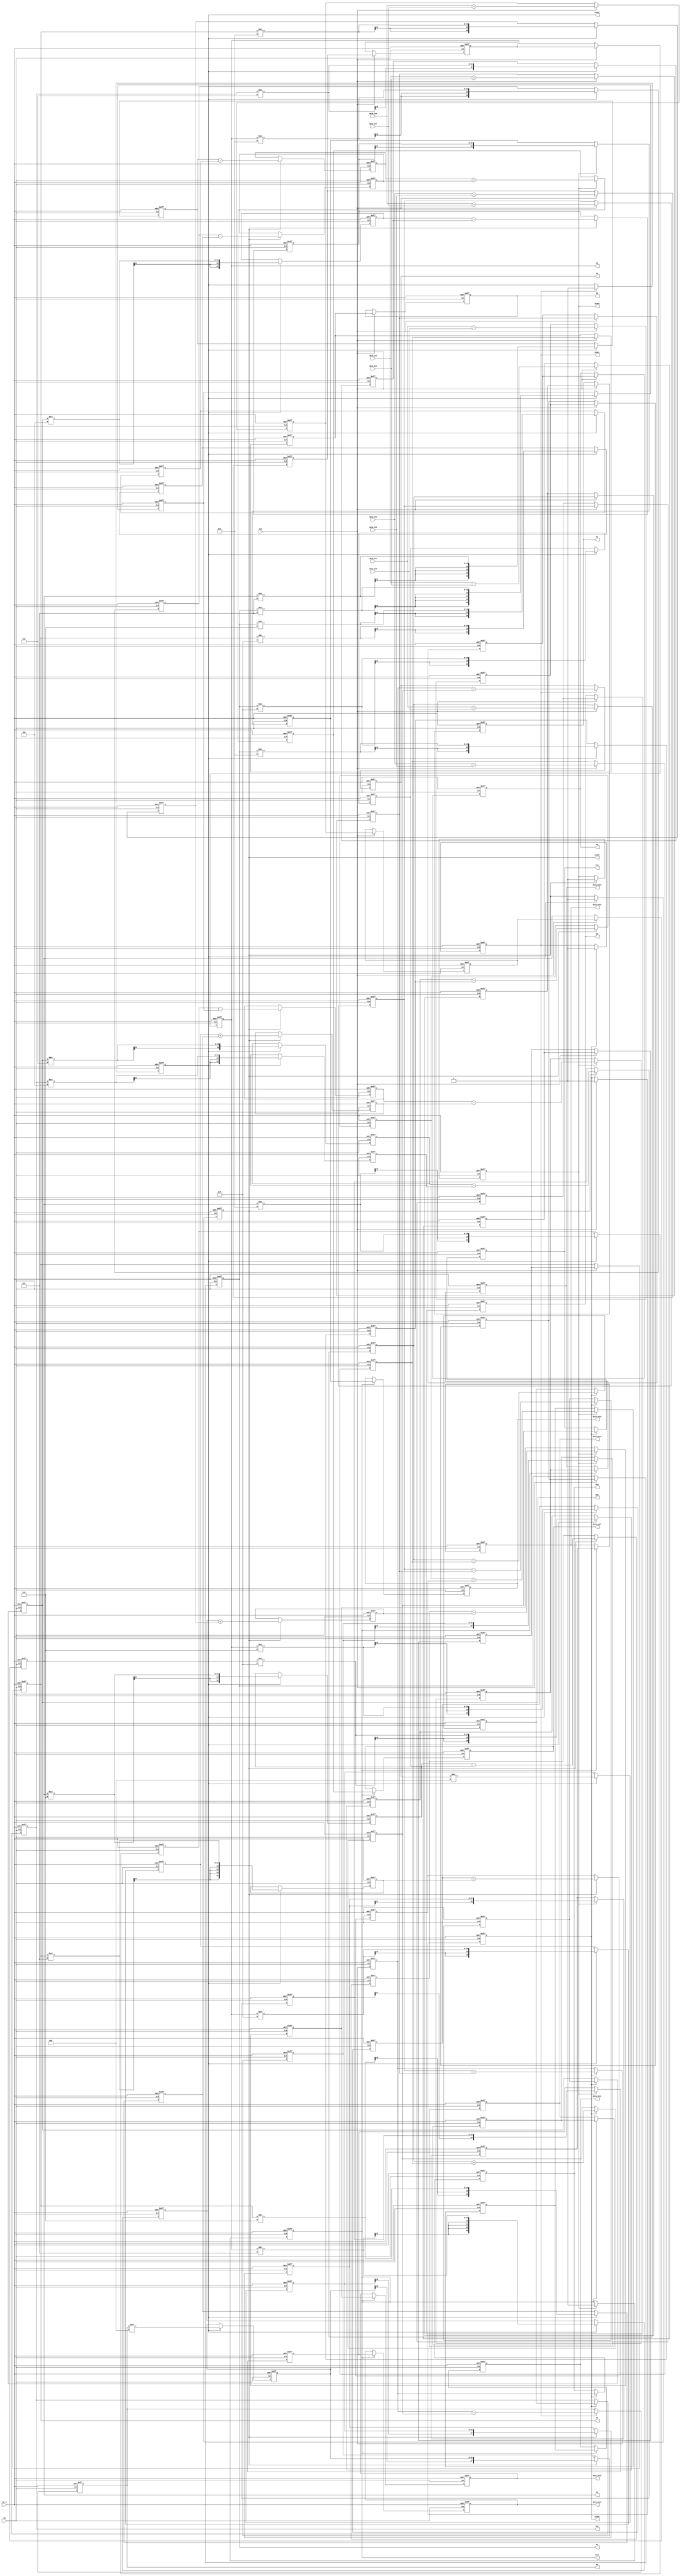
module DCT(clk,rst_n,ena,done,pipe0,pipe1,pipe2,pipe3,pipe4,
			data_in0,data_in1,data_in2,data_in3,data_in4,data_in5,data_in6,data_in7,
			data_out0,data_out1,data_out2,data_out3,data_out4,data_out5,data_out6,data_out7,
			M0,M1,M2,M3,P0,P1,P2,P3,M03,M12,P03,P12,M4,P4);

parameter DATA_IN_WIDTH = 8;
parameter DATA_IN_SIGNED_WIDTH = DATA_IN_WIDTH + 1'b1;
parameter FACTOR_WIDTH = 4;
parameter FACTOR_SIGNED_WIDTH = FACTOR_WIDTH + 1'b1;
parameter TEMP_MULTIPLY_SIGNED_WIDTH = 17; //DATA_IN_SIGNED_WIDTH + 3 + FACTOR_SIGNED_WIDTH;
parameter TEMP_ADDER_SIGNED_WIDTH = 18;
parameter DATA_OUT_SIGNED_WIDTH = 19;

input clk,rst_n,ena;
input signed [DATA_IN_SIGNED_WIDTH - 1:0] data_in0,data_in1,data_in2,data_in3,data_in4,data_in5,data_in6,data_in7;
output signed [DATA_OUT_SIGNED_WIDTH - 1:0] data_out0,data_out1,data_out2,data_out3,data_out4,data_out5,data_out6,data_out7;
output done;
output pipe0,pipe1,pipe2,pipe3,pipe4;

output signed [DATA_IN_SIGNED_WIDTH :0] M0,M1,M2,M3,P0,P1,P2,P3;
output signed [DATA_IN_SIGNED_WIDTH + 1:0] M03,M12,P03,P12;
output signed [DATA_IN_SIGNED_WIDTH + 2:0] M4,P4;

reg signed [DATA_OUT_SIGNED_WIDTH - 1:0] data_out0,data_out1,data_out2,data_out3,data_out4,data_out5,data_out6,data_out7;
reg signed [DATA_OUT_SIGNED_WIDTH - 1:0] data_out_reg0,data_out_reg1,data_out_reg2,data_out_reg3,
			 data_out_reg4,data_out_reg5,data_out_reg6,data_out_reg7;
reg done;

reg signed [DATA_IN_SIGNED_WIDTH :0] M0,M1,M2,M3,P0,P1,P2,P3;
reg signed [DATA_IN_SIGNED_WIDTH :0] M0_reg1,M1_reg1,M2_reg1,M3_reg1,P0_reg1,P1_reg1,P2_reg1,P3_reg1;
reg signed [DATA_IN_SIGNED_WIDTH :0] M0_reg2,M1_reg2,M2_reg2,M3_reg2,P0_reg2,P1_reg2,P2_reg2,P3_reg2;
reg signed [DATA_IN_SIGNED_WIDTH + 1:0] M03,M12,P03,P12;
reg signed [DATA_IN_SIGNED_WIDTH + 1:0] M03_reg1,M12_reg1,P03_reg1,P12_reg1;
reg signed [DATA_IN_SIGNED_WIDTH + 2:0] M4,P4;
reg signed [TEMP_MULTIPLY_SIGNED_WIDTH - 1:0] tempMultiply[21:0];
reg signed [TEMP_ADDER_SIGNED_WIDTH - 1:0] tempAdder[11:0];
reg pipe0;
reg pipe1;
reg pipe2;
reg pipe3;
reg pipe4;

reg signed [FACTOR_SIGNED_WIDTH - 1:0]	C1 = 4'd15,
				C2 = 4'd14,
				C3 = 4'd13,
				C4 = 4'd11,
				C5 = 4'd9,
				C6 = 4'd6,
				C7 = 4'd3;

  always@(posedge clk or negedge rst_n)
    begin
	   if(!rst_n)
		  begin
			 pipe0 <= 0;
		    M0 <= 10'b0;
			 M1 <= 10'b0;
			 M2 <= 10'b0;
			 M3 <= 10'b0;
			 P0 <= 10'b0;
			 P1 <= 10'b0;
			 P2 <= 10'b0;
			 P3 <= 10'b0;
			 
			 M0_reg1 <= 10'b0;
			 M1_reg1 <= 10'b0;
			 M2_reg1 <= 10'b0;
			 M3_reg1 <= 10'b0;
			 P0_reg1 <= 10'b0;
			 P1_reg1 <= 10'b0;
			 P2_reg1 <= 10'b0;
			 P3_reg1 <= 10'b0;
			 
			 M0_reg2 <= 10'b0;
			 M1_reg2 <= 10'b0;
			 M2_reg2 <= 10'b0;
			 M3_reg2 <= 10'b0;
			 P0_reg2 <= 10'b0;
			 P1_reg2 <= 10'b0;
			 P2_reg2 <= 10'b0;
			 P3_reg2 <= 10'b0;
		  end
		else
		  begin
		    if(ena)
			   begin
				pipe0 <= 1;
				M0 <= M0_reg2;
				M1 <= M1_reg2;
				M2 <= M2_reg2;
				M3 <= M3_reg2;
				P0 <= P0_reg2;
				P1 <= P1_reg2;
				P2 <= P2_reg2;
				P3 <= P3_reg2;
				
				M0_reg2 <= M0_reg1;
				M1_reg2 <= M1_reg1;
				M2_reg2 <= M2_reg1;
				M3_reg2 <= M3_reg1;
				P0_reg2 <= P0_reg1;
				P1_reg2 <= P1_reg1;
				P2_reg2 <= P2_reg1;
				P3_reg2 <= P3_reg1;
				
				M0_reg1 <= data_in0 - data_in7;
				M1_reg1 <= data_in1 - data_in6;
				M2_reg1 <= data_in2 - data_in5;
				M3_reg1 <= data_in3 - data_in4;
				P0_reg1 <= data_in0 + data_in7;
				P1_reg1 <= data_in1 + data_in6;
				P2_reg1 <= data_in2 + data_in5;
				P3_reg1 <= data_in3 + data_in4;
				end
		  end
	 end
  
  always@(posedge clk or negedge rst_n)
    begin
	   if(!rst_n)
		  begin
		    M03 <= 11'b0;
			 M12 <= 11'b0;
			 P03 <= 11'b0;
			 P12 <= 11'b0;
			 pipe1 <= 0;
			 
			 M03_reg1 <= 11'b0;
			 M12_reg1 <= 11'b0;
			 P03_reg1 <= 11'b0;
			 P12_reg1 <= 11'b0;
		  end
		else
		  begin
		    if(pipe0)
			   begin
				M03 <= M03_reg1;
				M12 <= M12_reg1;
				P03 <= P03_reg1;
				P12 <= P12_reg1;
				pipe1 <= 1;
				
				M03_reg1 <= P0_reg1 - P3_reg1;
				M12_reg1 <= P1_reg1 - P2_reg1;
				P03_reg1 <= P0_reg1 + P3_reg1;
				P12_reg1 <= P1_reg1 + P2_reg1;
				end
		  end
	 end
	 
  always@(posedge clk or negedge rst_n)
    begin
	   if(!rst_n)
		  begin
		    M4 <= 12'b0;
			 P4 <= 12'b0;
			 pipe2 <= 0;
		  end
		else
		  begin
		    if(pipe1)
			   begin
				  M4 <= P03_reg1 - P12_reg1;
				  P4 <= P03_reg1 + P12_reg1;
				  pipe2 <= 1;
				end
		  end
	 end
	 
always@(posedge clk or negedge rst_n)
  begin
    if(!rst_n)
	   begin
		 tempMultiply[0]  <= 18'b0;
		 tempMultiply[1]  <= 18'b0;
		 tempMultiply[2]  <= 18'b0;
		 tempMultiply[3]  <= 18'b0;
		 tempMultiply[4]  <= 18'b0;
		 tempMultiply[5]  <= 18'b0;
		 tempMultiply[6]  <= 18'b0;
		 tempMultiply[7]  <= 18'b0;
		 tempMultiply[8]  <= 18'b0;
		 tempMultiply[9]  <= 18'b0;
		 tempMultiply[10]  <= 18'b0;
		 tempMultiply[11]  <= 18'b0;
		 tempMultiply[12]  <= 18'b0;
		 tempMultiply[13]  <= 18'b0;
		 tempMultiply[14]  <= 18'b0;
		 tempMultiply[15]  <= 18'b0;
		 tempMultiply[16]  <= 18'b0;
		 tempMultiply[17]  <= 18'b0;
		 tempMultiply[18]  <= 18'b0;
		 tempMultiply[19]  <= 18'b0;
		 tempMultiply[20]  <= 18'b0;
		 tempMultiply[21]  <= 18'b0;
		 pipe3 <= 0;
      end
    else
		begin
		 if(pipe2)
		   begin
			 tempMultiply[0]  <= P4*C4;
			 tempMultiply[1]  <= M0*C1;
			 tempMultiply[2]  <= M1*C3;
			 tempMultiply[3]  <= M2*C5;
			 tempMultiply[4]  <= M3*C7;
			 tempMultiply[5]  <= M03*C2;
			 tempMultiply[6]  <= M12*C6;
			 tempMultiply[7]  <= M0*C3;
			 tempMultiply[8]  <= M1*C7;
			 tempMultiply[9]  <= M2*C1;
			 tempMultiply[10]  <= M3*C5;
			 tempMultiply[11]  <= M4*C4;
			 tempMultiply[12]  <= M0*C5;
			 tempMultiply[13]  <= M1*C1;
			 tempMultiply[14]  <= M2*C7;
			 tempMultiply[15]  <= M3*C3;
			 tempMultiply[16]  <= M03*C6;
			 tempMultiply[17]  <= M12*C2;
			 tempMultiply[18]  <= M0*C7;
			 tempMultiply[19]  <= M1*C5;
			 tempMultiply[20]  <= M2*C3;
			 tempMultiply[21]  <= M3*C1;
			 pipe3 <= 1;
			end
	  end		  
  end
  
always@(posedge clk or negedge rst_n)
  begin
    if(!rst_n)
	   begin
			tempAdder[0]  <= 17'b0;
			tempAdder[1]  <= 17'b0;
			tempAdder[2]  <= 17'b0;
			tempAdder[3]  <= 17'b0;
			tempAdder[4]  <= 17'b0;
			tempAdder[5]  <= 17'b0;
			tempAdder[6]  <= 17'b0;
			tempAdder[7]  <= 17'b0;
			tempAdder[8]  <= 17'b0;
			tempAdder[9]  <= 17'b0;
			tempAdder[10]  <= 17'b0;
			tempAdder[11]  <= 17'b0;
			
			pipe4 <= 0;
      end
    else
		begin
		 if(pipe3)
		   begin
				tempAdder[0]  <= tempMultiply[0];
				tempAdder[1]  <= tempMultiply[1] + tempMultiply[2];
				tempAdder[2]  <= tempMultiply[3] + tempMultiply[4];
				tempAdder[3]  <= tempMultiply[5] + tempMultiply[6];
				tempAdder[4]  <= tempMultiply[7] - tempMultiply[8];
				tempAdder[5]  <= tempMultiply[9] + tempMultiply[10];
				tempAdder[6]  <= tempMultiply[11];
				tempAdder[7]  <= tempMultiply[12] - tempMultiply[13];
				tempAdder[8]  <= tempMultiply[14] + tempMultiply[15];
				tempAdder[9]  <= tempMultiply[16] - tempMultiply[17];
				tempAdder[10]  <= tempMultiply[18] - tempMultiply[19];
				tempAdder[11]  <= tempMultiply[20] - tempMultiply[21];
				pipe4 <= 1;
			end
	  end		  
  end
  
always@(posedge clk or negedge rst_n)
  begin
    if(!rst_n)
	   begin
			 data_out_reg0 <= 18'b0;
			 data_out_reg1 <= 18'b0;
			 data_out_reg2 <= 18'b0;
			 data_out_reg3 <= 18'b0;
			 data_out_reg4 <= 18'b0;
			 data_out_reg5 <= 18'b0;
			 data_out_reg6 <= 18'b0;
			 data_out_reg7 <= 18'b0;
			 done <= 0;
      end
    else
		begin
		 if(pipe4)
		   begin
			 data_out_reg0  <= tempAdder[0];
			 data_out_reg1  <= tempAdder[1] + tempAdder[2];
			 data_out_reg2  <= tempAdder[3];
			 data_out_reg3  <= tempAdder[4] - tempAdder[5];
			 data_out_reg4  <= tempAdder[6];
			 data_out_reg5  <= tempAdder[7] + tempAdder[8];
			 data_out_reg6  <= tempAdder[9];
			 data_out_reg7  <= tempAdder[10] + tempAdder[11];
			 done <= 1;
			end
	  end		  
  end
  
always@(posedge clk or negedge rst_n)
  begin
    if(!rst_n)
	   begin
		  data_out0 <= 18'b0;
		  data_out1 <= 18'b0;
		  data_out2 <= 18'b0;
		  data_out3 <= 18'b0;
		  data_out4 <= 18'b0;
		  data_out5 <= 18'b0;
		  data_out6 <= 18'b0;
		  data_out7 <= 18'b0;
      end
    else
	  begin
	    if(done)
		   begin
			 data_out0 <= data_out_reg0;
			 data_out1 <= data_out_reg1;
			 data_out2 <= data_out_reg2;
			 data_out3 <= data_out_reg3;
			 data_out4 <= data_out_reg4;
			 data_out5 <= data_out_reg5;
			 data_out6 <= data_out_reg6;
			 data_out7 <= data_out_reg7;
			end
	  end		  
  end
 

endmodule